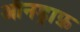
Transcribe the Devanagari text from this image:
ऑनड्राफ़